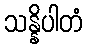
သန္နိပါတံ